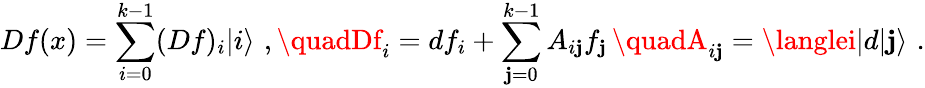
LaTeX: Df(x)=\sum_{i=0}^{k-1}(Df)_{i}|i\rangle\, \, ,\quadDf_{i}=df_{i}+\sum_{\mathbf{j}=0}^{k-1}A_{i\mathbf{j}}f_{\mathbf{j}}\, \quadA_{i\mathbf{j}}=\langlei|d|\mathbf{j}\rangle\, \, .